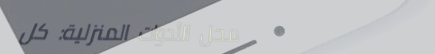
محل الأدوات المنزلية: كل